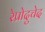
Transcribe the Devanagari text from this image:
रेप्रोदुचेद